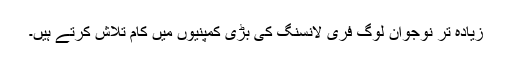
زیادہ تر نوجوان لوگ فری لانسنگ کی بڑی کمپنیوں میں کام تلاش کرتے ہیں۔